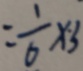
= \frac { 1 } { 6 } \times 3